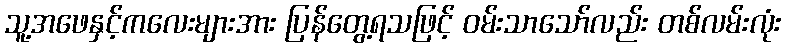
သူ့အဖေနှင့်ကလေးများအား ပြန်တွေ့ရသဖြင့် ဝမ်းသာသော်လည်း တစ်လမ်းလုံး